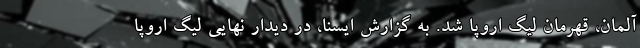
آلمان، قهرمان لیگ اروپا شد. به گزارش ایسنا، در دیدار نهایی لیگ اروپا